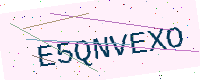
Text: E5QNVEXO